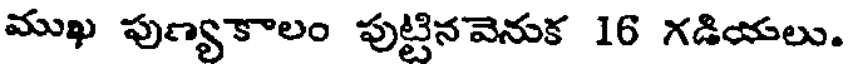
ముఖ పుణ్యకాలం పుట్టినవెనుక 16 గడియలు.